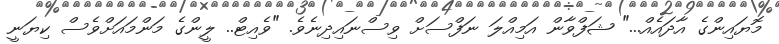
މޮޔައިންގެ އާދައެއް..." ޝަފްވާން އަމިއްލަ ނަފްސަށް ވިސްނައިދިނެވެ. "ވެއިޓް.. ލީންގެ މަންމައަށްވެސް ކިޔަނީ